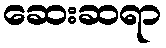
ဆေးဆရာ